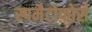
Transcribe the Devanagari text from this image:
स्पमैटोफ़ोर्स